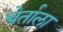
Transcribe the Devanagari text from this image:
चेर्ताला